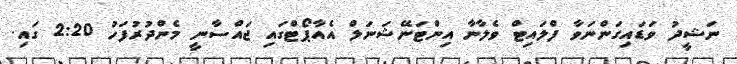
ނަޝީދު ވަޑައިގަންނަވާ ފްލައިޓް ވެލާނާ އިންޓަނޭޝަނަލް އެއާޕޯޓްގައި ޖައްސާނީ މެންދުރުފަހު 2:20 ގައި.